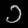
Digit: ၁